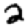
Digit: 2